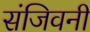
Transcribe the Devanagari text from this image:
संजिवनी